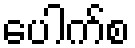
ပေါက်စ